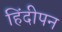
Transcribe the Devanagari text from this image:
हिंदीपन